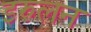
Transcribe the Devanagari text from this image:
इरुलन